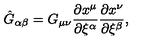
\hat { G } _ { \alpha \beta } = G _ { \mu \nu } { \frac { \partial x ^ { \mu } } { \partial \xi ^ { \alpha } } } { \frac { \partial x ^ { \nu } } { \partial \xi ^ { \beta } } } ,